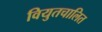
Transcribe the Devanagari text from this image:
वियुतचालित